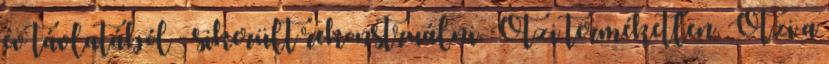
év távlatából - sikerült rekonstruálni. Ötzi terméketlen, Ötzi a